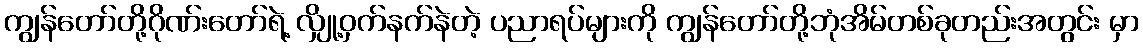
ကျွန်တော်တို့ဂိုဏ်းတော်ရဲ့ လျှို့ဝှက်နက်နဲတဲ့ ပညာရပ်များကို ကျွန်တော်တို့ဘုံအိမ်တစ်ခုတည်းအတွင်း မှာ